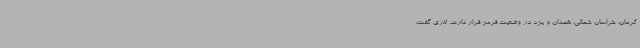
کرمان، خراسان شمالی، همدان و یزد در وضعیت قرمز قرار دارند. لاری گفت: